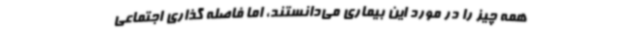
همه چیز را در مورد این بیماری می‌دانستند، اما فاصله گذاری اجتماعی